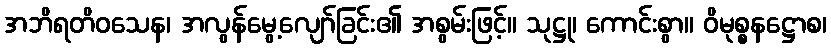
အဘိရတိဝသေန၊ အလွန်မွေ့လျော်ခြင်း၏ အစွမ်းဖြင့်။ သုဋ္ဌု၊ ကောင်းစွာ။ ဝိမုစ္စနဋ္ဌောစ၊